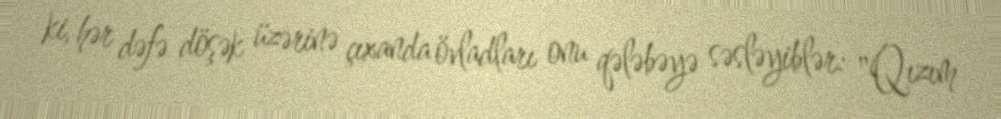
ki, hər dəfə döşək üzərinə çıxanda övladları onu qələbəyə səsləyiblər: "Qızım